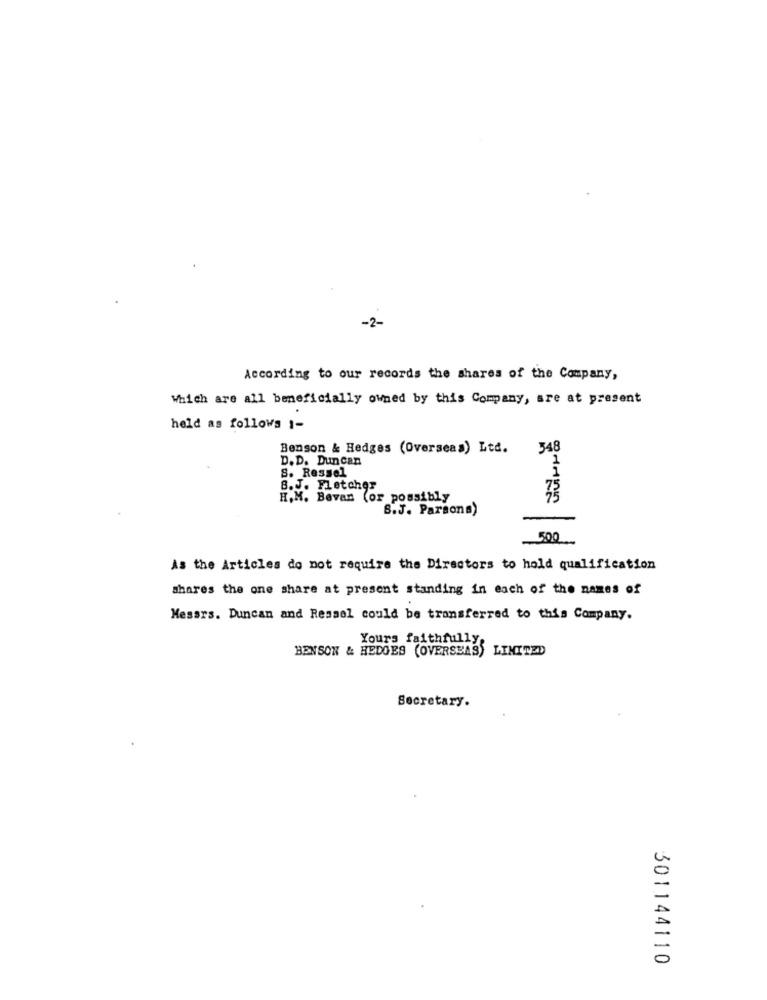
-2-
According to our records the shares of the Company,
Which are all beneficially owned by this Company, sre at present
held as follows 1-
Benson & Hedges (Overseas) Ltd.
348
D. D. Duncan
1
S. Ressel
8.J. Fletcher
H.M. Bevan (or possibly
S.J. Parsons)
500
As the Articles do not require the Directors to hold qualification
shares the one share at present standing in each of the names of
Mesars. Duncan and Resael could be transferred to this Company.
BENSON & HEDGES (OVERSEAS) LIMITED
Yours faithfully
Secretary.
301144110